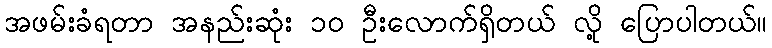
အဖမ်းခံရတာ အနည်းဆုံး ၁၀ ဦးလောက်ရှိတယ် လို့ ပြောပါတယ်။